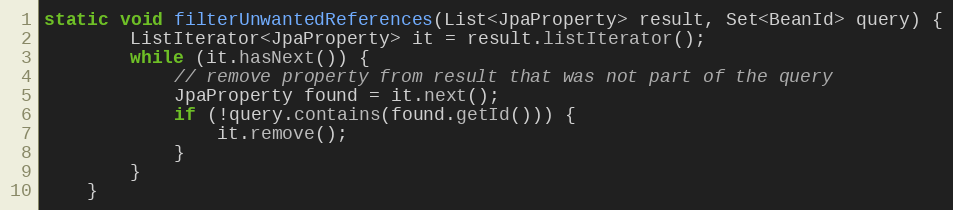
Language: Java
static void filterUnwantedReferences(List<JpaProperty> result, Set<BeanId> query) {
        ListIterator<JpaProperty> it = result.listIterator();
        while (it.hasNext()) {
            // remove property from result that was not part of the query
            JpaProperty found = it.next();
            if (!query.contains(found.getId())) {
                it.remove();
            }
        }
    }